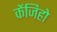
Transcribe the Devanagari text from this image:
केंजिहो